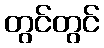
တွင်တွင်